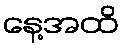
နေ့အထိ